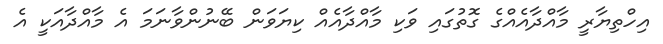
އިހްތިޔާރީ މާއްދާއެއްގެ ގޮތުގައި ވަކި މާއްދާއެއް ކިޔަވަން ބޭނުންވާނަމަ އެ މާއްދާއަކީ އެ